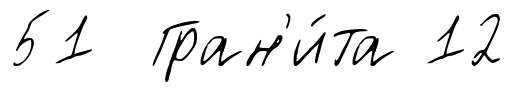
51 Гран'и́та 12